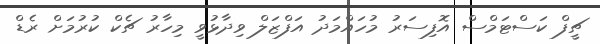
ޗީފް ކަސްޓަމްސް އޮފިސަރު މުހައްމަދު އަފްޒަލް ވިދާޅުވީ މިހާރު ޗެކް ކުރުމަށް ރެޑް